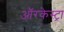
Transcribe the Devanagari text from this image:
ऑरकेस्ट्रा